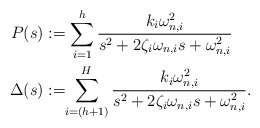
\begin{align*} P(s) &:= \sum_{i=1}^h \frac{k_{i}\omega_{n,i}^2}{s^2 +2\zeta_i\omega_{n,i} s + \omega^2_{n,i}} \\ \Delta(s) &:=\!\!\sum_{i=(h+1)}^H \frac{k_{i}\omega_{n,i}^2}{s^2 +2\zeta_i\omega_{n,i} s + \omega^2_{n,i}}.\end{align*}